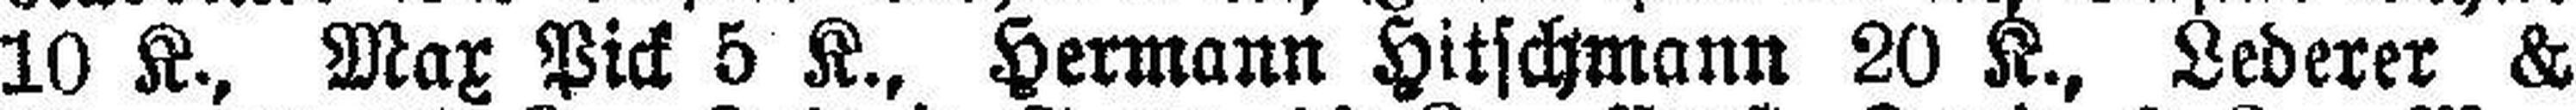
10 K., Max Pick 5 K., Hermann Hitschmann 20 K., Lederer &